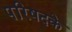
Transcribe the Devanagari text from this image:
परिषदके